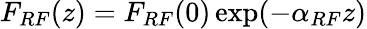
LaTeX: F_{RF}(z)=F_{RF}(0)\exp(-\alpha_{RF}z)